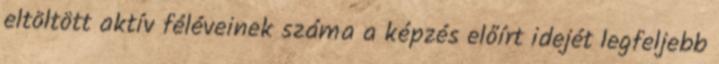
eltöltött aktív féléveinek száma a képzés előírt idejét legfeljebb